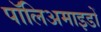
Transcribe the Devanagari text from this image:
पॉलिअमाइडों